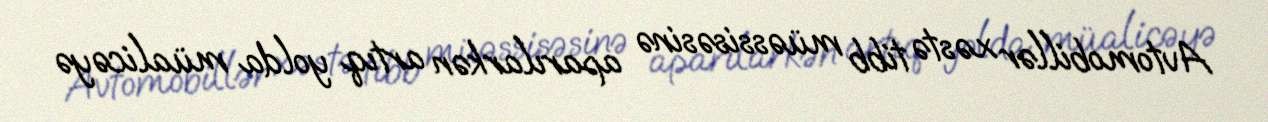
Avtomobillər xəstə tibb müəssisəsinə aparılarkən artıq yolda müalicəyə